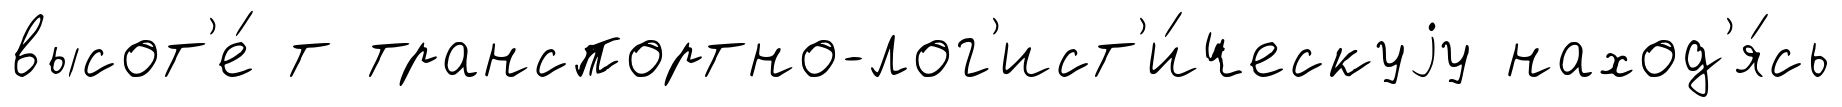
высот'е́ т транспортно-лог'ист'и́ческуjу наход'я́сь